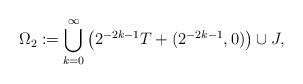
LaTeX: \begin{align*}\Omega_2 \coloneqq \bigcup_{k=0}^\infty \left(2^{-2k-1}T + (2^{-2k-1},0)\right)\cup J,\end{align*}